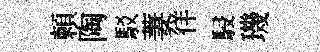
頼陶駁萋徉駸璣